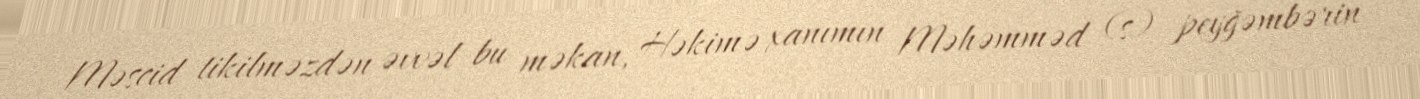
Məscid tikilməzdən əvvəl bu məkan, Həkimə xanımın Məhəmməd (s) peyğəmbərin